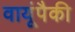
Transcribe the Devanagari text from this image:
वायूंपैकी